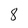
Character: 8